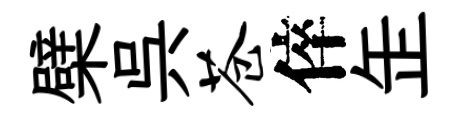
檗呉苍倅𦈢